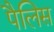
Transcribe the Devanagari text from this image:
पैलिस